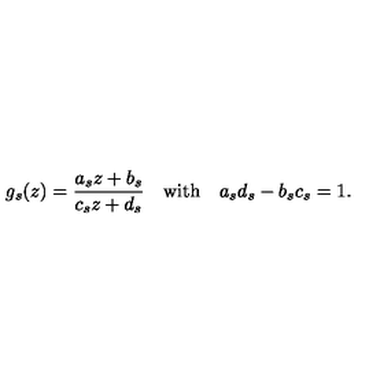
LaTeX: g _ { s } ( z ) = \frac { a _ { s } z + b _ { s } } { c _ { s } z + d _ { s } } \quad \mathrm { { w i t h } } \quad a _ { s } d _ { s } - b _ { s } c _ { s } = 1 .